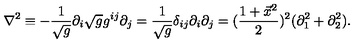
\nabla ^ { 2 } \equiv - { \frac { 1 } { \sqrt g } } \partial _ { i } \sqrt g g ^ { i j } \partial _ { j } = { \frac { 1 } { \sqrt g } } \delta _ { i j } \partial _ { i } \partial _ { j } = ( { \frac { 1 + \vec { x } ^ { 2 } } { 2 } } ) ^ { 2 } ( \partial _ { 1 } ^ { 2 } + \partial _ { 2 } ^ { 2 } ) .